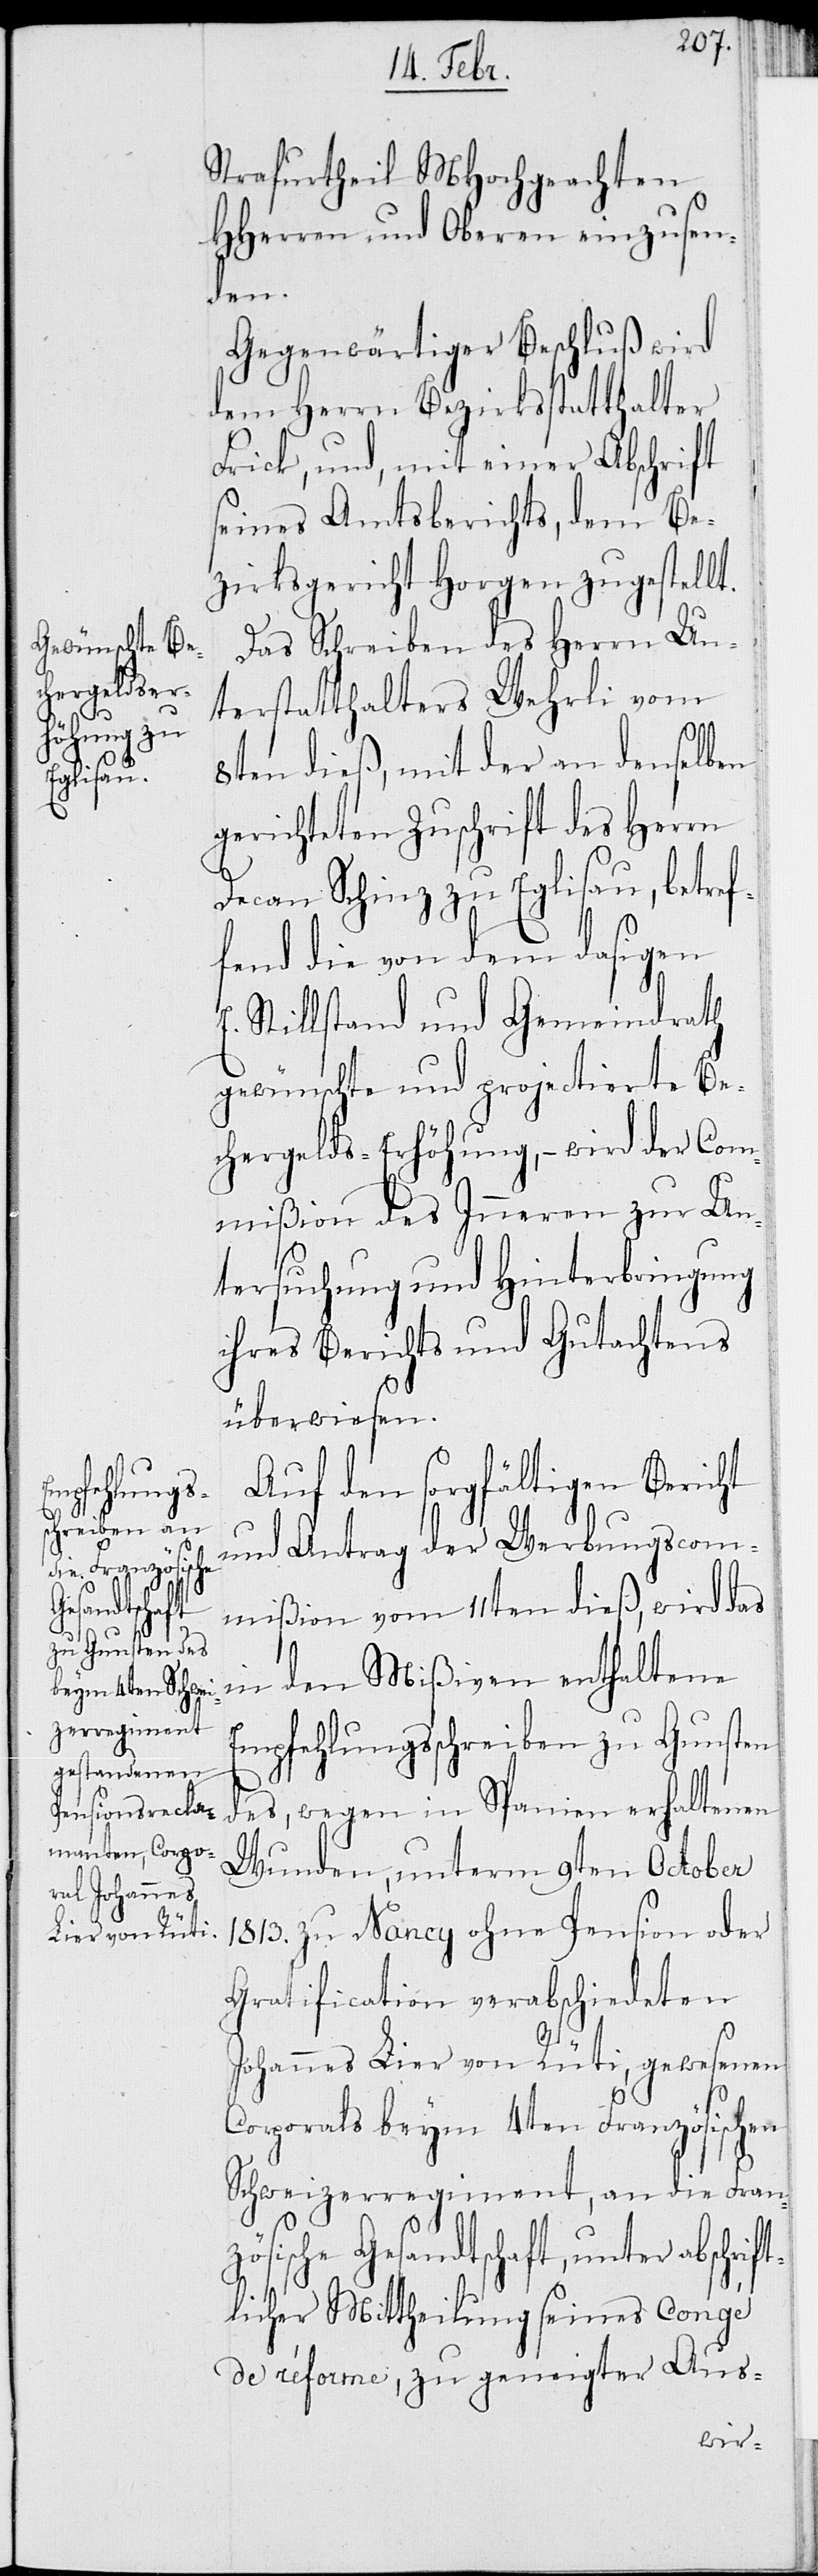
Strafurtheil MHochgeachten
HHerren und Oberen einzusen¬
den.
Gegenwärtiger Beschluß wird
dem Herrn Bezirksstatthalter
Frick, und, mit einer Abschrift
seines Amtsberichts, dem Be¬
zirksgericht Horgen zugestellt.
Das Schreiben des Herrn Un¬
terstatthalters Wehrli vom
ift¬
8ten dieß, mit der an denselben
gerichteten Zuschrift der Herrn
Decan Schinz zu Eglisau, betref¬
fend die von dem dasigen
E. Stillstand und Gemeindrath
gewünschte und projectierte Be¬
chergelds-Erhöhung, – wird der Com¬
mißion des Inneren zur Un¬
tersuchung und Hinterbringung
ihres Berichts und Gutachtens
überwiesen.
Auf den sorgfältigen Bericht
und Antrag der Werbungscom¬
mißion vom 11ten dieß, wird das
in den Mißiven enthaltene
Empfehlungsschreiben zu Gunsten
des, wegen in Spanien erhaltenen
Wunden, unterm 9ten October
1813. zu Nancy ohne Pension oder
Gratification verabschiedeten
Johannes Lier von Rüti, gewesenen
Corporals beym 4ten Französischen
Schweizerregiment, an die Franz¬
ösische Gesandtschaft, unter abschr¬
licher Mittheilung seines Congé
de réforme, zu geneigter Aus-